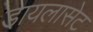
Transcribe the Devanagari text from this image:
डायलासेट